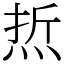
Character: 焎